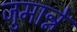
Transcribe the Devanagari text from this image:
जुमान्ने